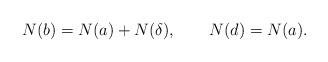
LaTeX: \begin{align*}N(b) = N(a) + N(\delta), \qquad N(d) = N(a). \end{align*}